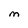
Character: M